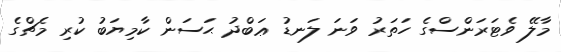
މާލޭ ވެޓަރަންސްގެ ހަތަރު ވަނަ ލަނޑު ޢަބްދު ޙަސަން ކާމިޔަބު ކުރި މެޗްގެ